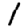
Digit: 1